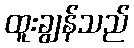
ထူးချွန်သည်